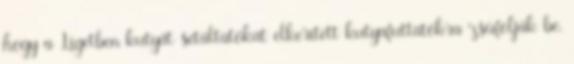
hogy a Ligetben kutyát sétáltatókat elkerített kutyafuttatókra zsúfolják be,